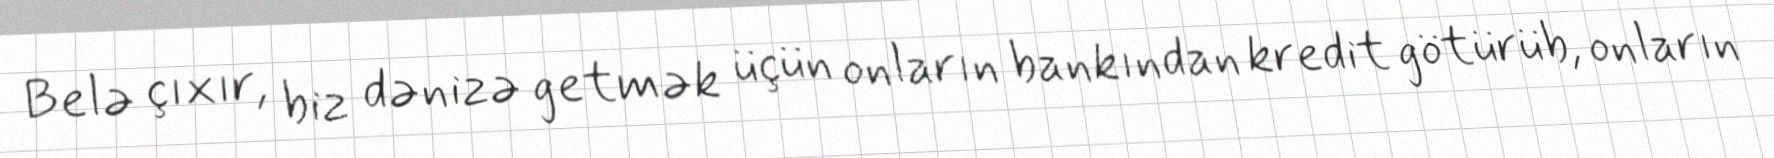
Belə çıxır, biz dənizə getmək üçün onların bankından kredit götürüb, onların